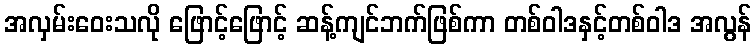
အလှမ်းဝေးသလို ဖြောင့်ဖြောင့် ဆန့်ကျင်ဘက်ဖြစ်ကာ တစ်ဝါဒနှင့်တစ်ဝါဒ အလွန်